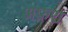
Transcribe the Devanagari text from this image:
अफ़रा